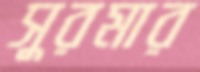
সুরমার